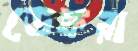
ডেফরা